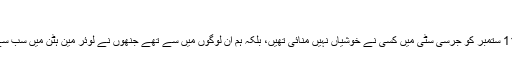
"
فولوپ کا مزید کہنا تھا، "11 ستمبر کو جرسی سٹی میں کسی نے خوشیاں نہیں منائی تھیں، بلکہ ہم اُن لوگوں میں سے تھے جنھوں نے لوئر مین ہٹن میں سب سے پہلے مدد فراہم کی تھی"۔